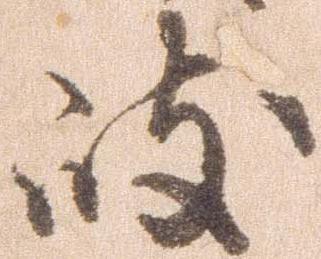
岐